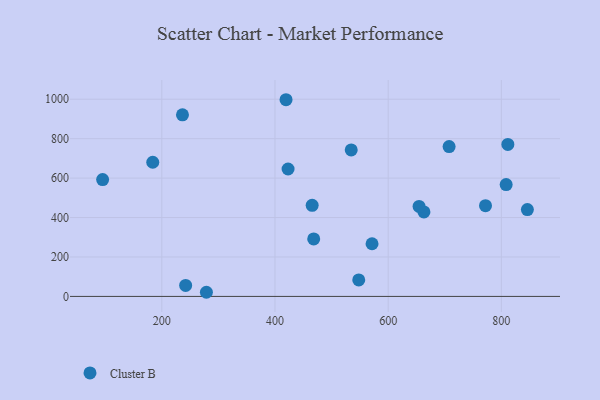
{"axis": {"x": "Ad Spend", "y": "Exam Score"}, "legend": ["Cluster B"], "data": [{"x": "571.5", "y": 267.2, "type": "Cluster B"}, {"x": "846.0", "y": 440.3, "type": "Cluster B"}, {"x": "772.0", "y": 460.3, "type": "Cluster B"}, {"x": "423.1", "y": 646.3, "type": "Cluster B"}, {"x": "184.0", "y": 680.5, "type": "Cluster B"}, {"x": "811.5", "y": 771.0, "type": "Cluster B"}, {"x": "242.1", "y": 55.6, "type": "Cluster B"}, {"x": "419.5", "y": 997.5, "type": "Cluster B"}, {"x": "808.5", "y": 567.3, "type": "Cluster B"}, {"x": "236.5", "y": 920.7, "type": "Cluster B"}, {"x": "278.8", "y": 21.0, "type": "Cluster B"}, {"x": "707.7", "y": 759.8, "type": "Cluster B"}, {"x": "663.2", "y": 428.7, "type": "Cluster B"}, {"x": "465.7", "y": 461.9, "type": "Cluster B"}, {"x": "548.0", "y": 83.6, "type": "Cluster B"}, {"x": "468.4", "y": 291.5, "type": "Cluster B"}, {"x": "534.7", "y": 742.7, "type": "Cluster B"}, {"x": "654.6", "y": 456.4, "type": "Cluster B"}, {"x": "95.4", "y": 592.5, "type": "Cluster B"}]}